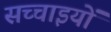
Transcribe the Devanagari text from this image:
सच्‍चाइयों